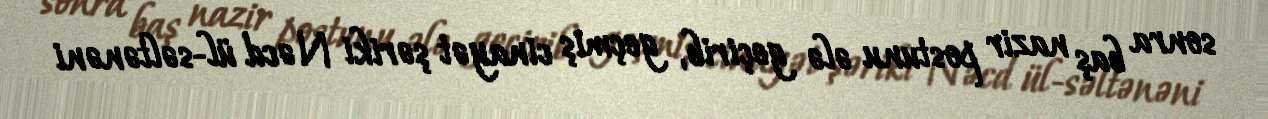
sonra baş nazir postunu ələ geçirib, geçmiş cinayət şəriki Nəcd ül-səltənəni